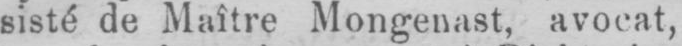
sisté de Maître Mongenast, avocat,